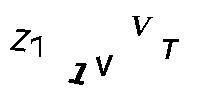
Z71VVT